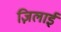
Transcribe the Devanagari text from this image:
ज़िलाई